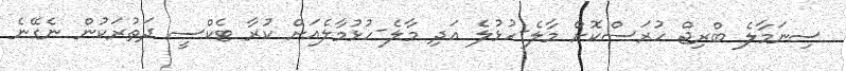
ސިނަމާލެ ބްރިޖް ހުރަސްކޮށް މާލެ-ހުޅުލެ އަދި މާލެ-ހުޅުމާލެއަށް ކުރާ ޓެކްސީ ދަތުރަކުން ނެގޭނެ